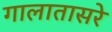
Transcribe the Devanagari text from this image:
गालातासरे